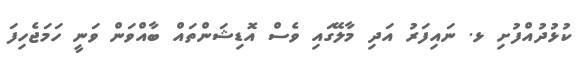
ކުޅުދުއްފުށި ޅ. ނައިފަރު އަދި މާލޭގައި ވެސް އޮޑިޝަންތައް ބާއްވަން ވަނީ ހަމަޖެހިފަ